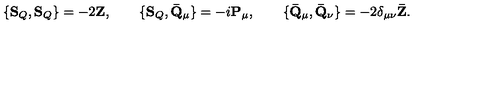
\{ \mathbf { S } _ { Q } , \mathbf { S } _ { Q } \} = - 2 \mathbf { Z } , \qquad \{ \mathbf { S } _ { Q } , \mathbf { \bar { Q } } _ { \mu } \} = - i \mathbf { P } _ { \mu } , \qquad \{ \mathbf { \bar { Q } } _ { \mu } , \mathbf { \bar { Q } } _ { \nu } \} = - 2 \delta _ { \mu \nu } \mathbf { \bar { Z } } .